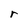
Character: r